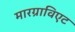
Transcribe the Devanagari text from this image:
मारग्राविएट